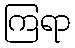
ကြရာ